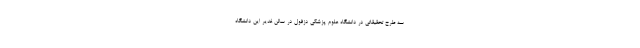
سه طرح تحقیقاتی در دانشگاه علوم پزشکی دزفول در سالن غدیر این دانشگاه